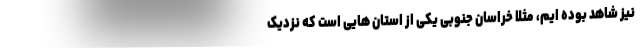
نیز شاهد بوده ایم، مثلا خراسان جنوبی یکی از استان هایی است که نزدیک